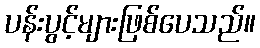
ပန်းပွင့်များဖြစ်ပေသည်။